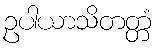
ဥပါယာသိတတ္တံ